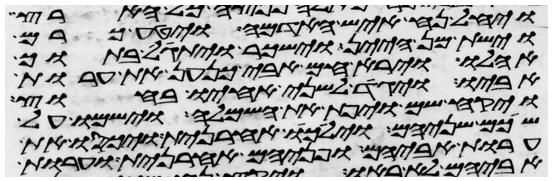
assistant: ויחל נח איש האדמה ויטע כרם
וישת מן היין וישכר ויתגל בתוך
אהלו וירא חם אבי כנען את ערות
אביו ויגד לשני אחיו בחוץ
ויקח שם ויפת את השמלה וישמו על
שכם שניהם וילכו אחרנית ויכסו את
ערות אביהם ופניהם אחרנית וערות